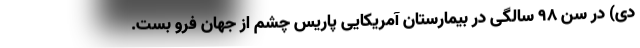
دی) در سن ۹۸ سالگی در بیمارستان آمریکایی پاریس چشم از جهان فرو بست.